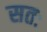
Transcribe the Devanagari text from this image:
सतः